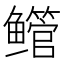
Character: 鳤